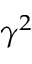
\gamma ^ { 2 }